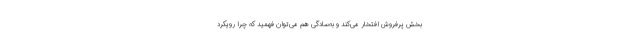
بخش پرفروش افتخار می‌کند و به‌سادگی هم می‌توان فهمید که چرا رویکرد